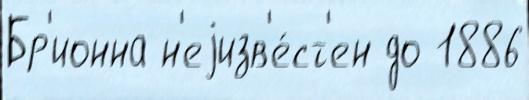
Бр'ионна н'еjизв'е́ст'ен до 1886